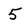
Character: 5